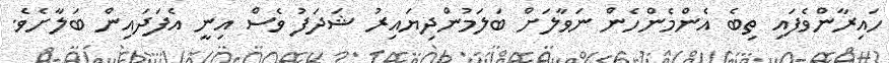
ހައިރާންވެފައި ތިބެ އެންމެންހެން ނަވާލަށް ބަލަމުންދިޔައިރު ޝަދަފު ވެސް އިނީ އެފަދައިން ބަލާށެވެ.